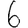
Digit: 6